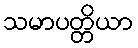
သမာပတ္တိယာ